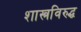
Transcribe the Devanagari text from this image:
शास्त्रविरुद्ध